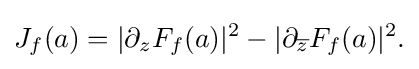
\displaystyle {J_{f}(a)=|\partial _{z}F_{f}(a)|^{2}-|\partial _{\overline {z}}F_{f}(a)|^{2}.}